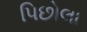
પિછોલા